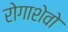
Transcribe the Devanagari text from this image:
रोगाशेवो